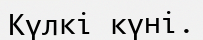
Күлкі күні.